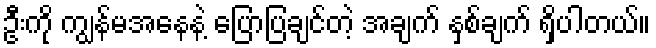
ဦးကို ကျွန်မအနေနဲ့ ပြောပြချင်တဲ့ အချက် နှစ်ချက် ရှိပါတယ်။